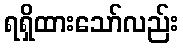
ရရှိထားသော်လည်း